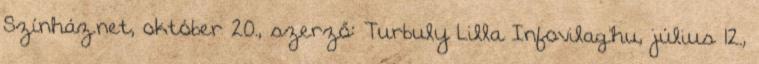
Színház.net, október 20., szerző: Turbuly Lilla Infovilag.hu, július 12.,